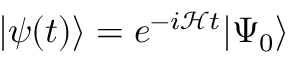
| \psi ( t ) \rangle = e ^ { - i \mathcal { H } t } | \Psi _ { 0 } \rangle